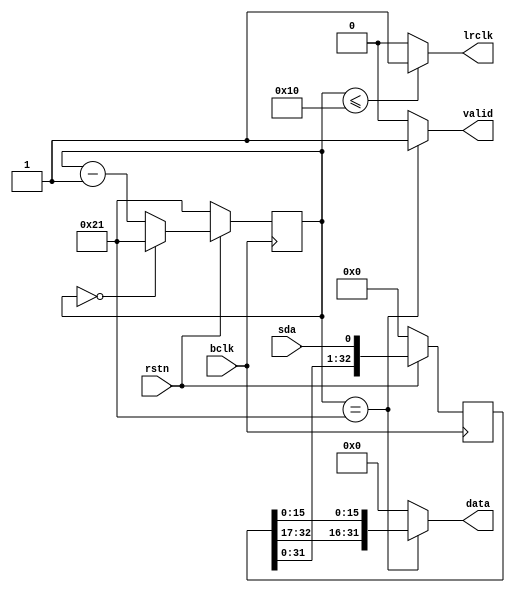
// Vendor:

module i2s(
    input bclk,
    input rstn,
    input sda,
    output lrclk,
    output valid,
    output [31:0] data
    );

    reg  [5:0]  cnt_bit = 6'd33;
    reg  [33:0] data_buffer = 34'd0;
    
    reg lrclk_int;
    reg valid_int;
    reg [31:0] data_int;

    always @(posedge bclk) begin
        if (rstn == 1'b0) begin
            data_buffer <= 32'd0;
        end
        else begin
            data_buffer <= {{data_buffer[32:0]}, {sda}};
        end
    end

    always @(negedge bclk) begin
        if (rstn == 1'b0) begin
            cnt_bit <= 6'd33;
        end
        else begin
            if  (cnt_bit == 6'd0) begin
                cnt_bit <= 6'd33;
            end
            else begin
                cnt_bit <= cnt_bit - 1;
            end
        end
    end

    always @(*) begin
        if (cnt_bit == 6'd33) begin
            valid_int = 1'b1;
            data_int = {data_buffer[32:17], data_buffer[15:0]};
        end
        else begin
            valid_int = 1'b0;
            data_int = 32'd0;
        end
    end

    always @(*) begin
        if (cnt_bit <= 16) begin
            lrclk_int = 1'b1;
        end
        else begin
            lrclk_int = 1'b0;
        end
    end

    assign lrclk = lrclk_int;
    assign valid = valid_int;
    assign data = data_int;

endmodule